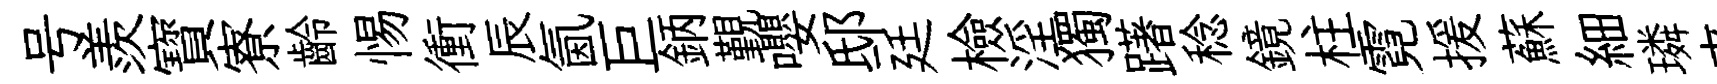
号羨寳寮齡惕衝辰氤巨鈵覲嚶邸廷檢淫獨躇稔鏡柱霓援蘇細璘来